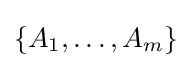
\{A_{1},\dots ,A_{m}\}